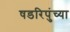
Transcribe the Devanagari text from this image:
षडरिपुंच्या